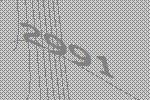
2991